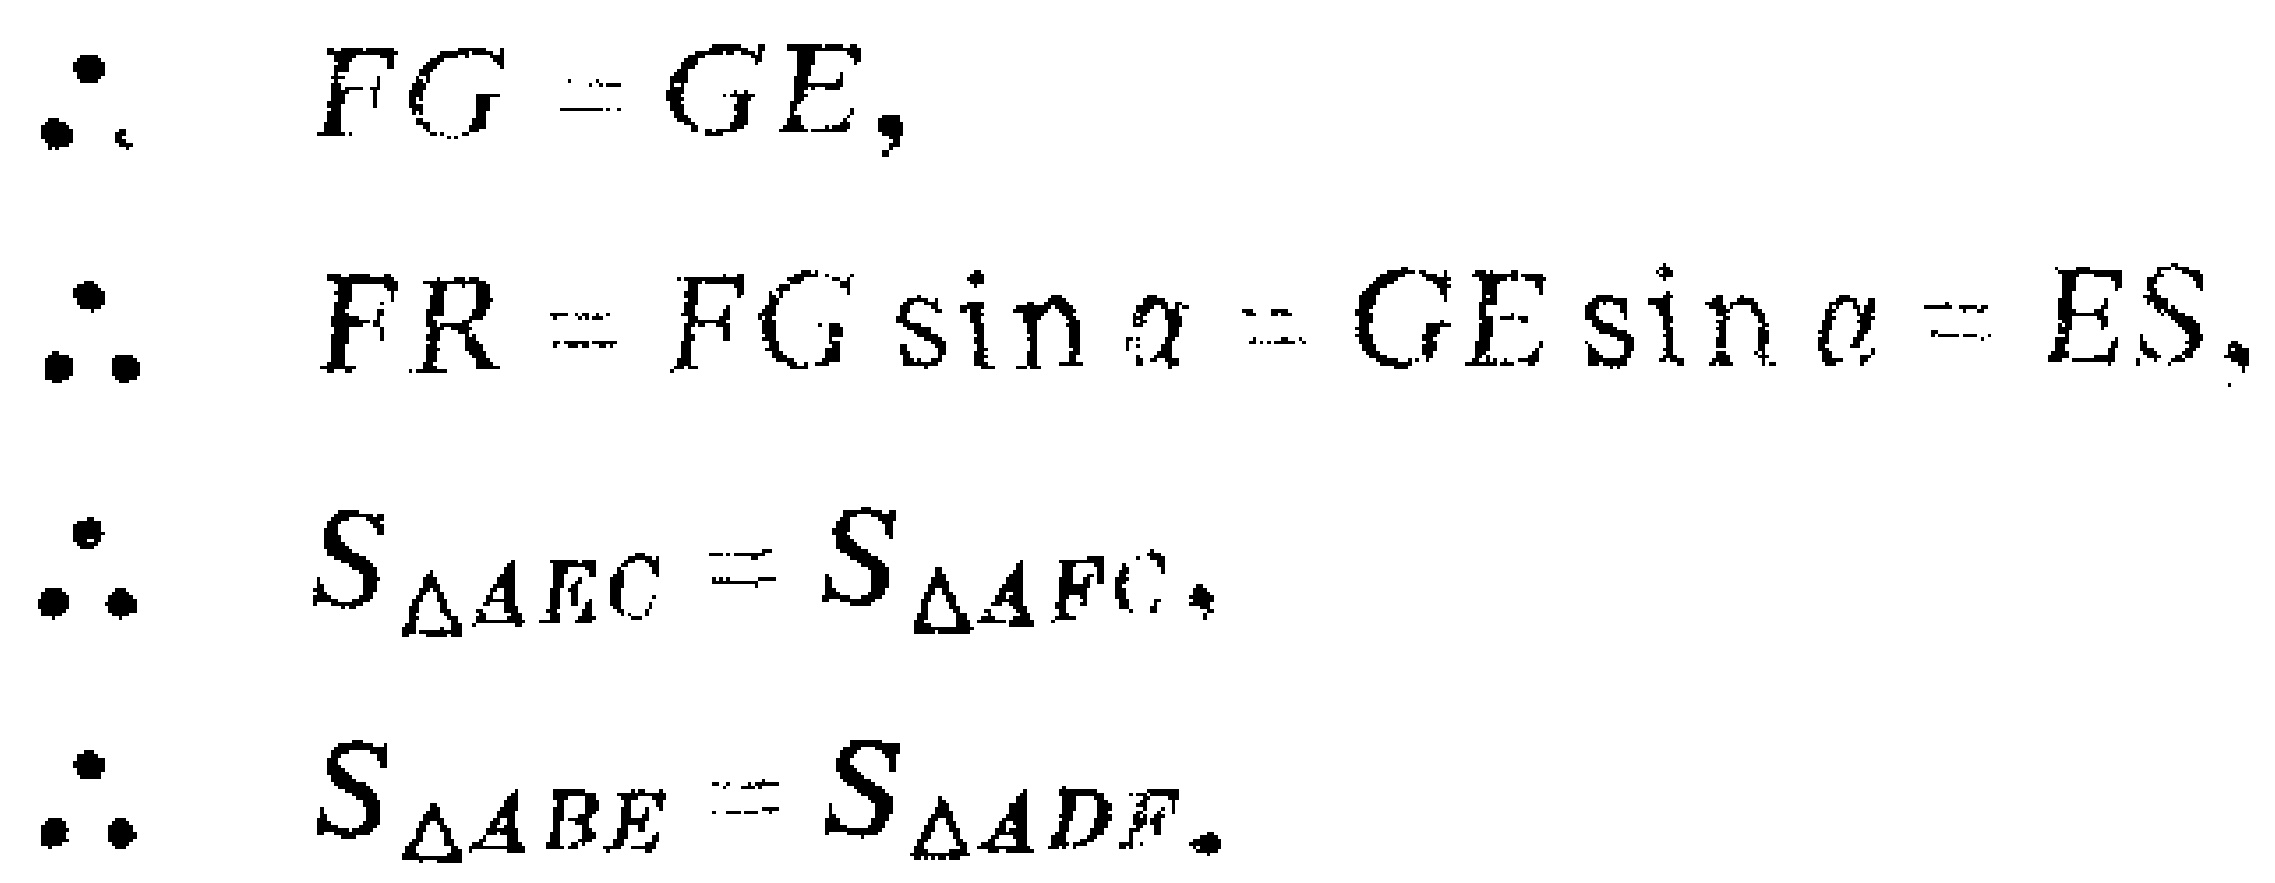
\begin{align*}
&\because\quad FG = GE,\\
&\therefore\quad FR = FG\sin\alpha = GE\sin\alpha = ES,\\
&\therefore\quad S_{\triangle AEC} = S_{\triangle AFC},\\
&\therefore\quad S_{\triangle ABE} = S_{\triangle ADF}.
\end{align*}